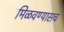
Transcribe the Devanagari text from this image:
मिळवण्यासच